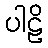
ပါဠိ